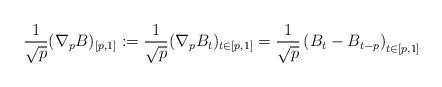
LaTeX: \begin{align*} \frac{1}{\sqrt{p}}(\nabla_pB)_{[p,1]}:=\frac{1}{\sqrt{p}}(\nabla_pB_t)_{t\in [p,1]}= \frac{1}{\sqrt{p}}\left( B_{t}-B_{t-p} \right)_{t\in[p,1]}\end{align*}